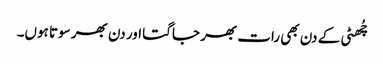
چُھٹی کے دن بھی رات بھر جاگتا اور دن بھر سوتا ہوں۔